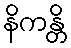
နိကန္တိ